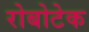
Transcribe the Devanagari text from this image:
रोबोटेक